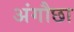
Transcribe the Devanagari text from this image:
अंगौछा